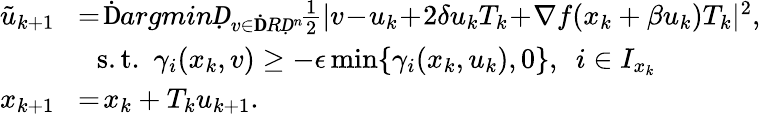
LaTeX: \begin{array}{rl}{\tilde{u}_{k+1}}&{\! =\! \mathop{\mathrm ḊargminḌ}_{v\in\mathbb ḊRḌ^{n}}\! \frac{1}{2}|v\! -\! u_{k}\! +\! 2\delta u_{k}T_{k}\! +\! \nabla f(x_{k}+\beta u_{k})T_{k}|^{2},}\\ &{~~\mathrm{s.t.}~~\gamma_{i}(x_{k},v)\geq-\epsilon\operatorname*{min}\{ \gamma_{i}(x_{k},u_{k}),0\} ,~~i\in I_{x_{k}}}\\ {x_{k+1}}&{\! =\! x_{k}+T_{k}u_{k+1}.}\end{array}